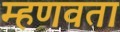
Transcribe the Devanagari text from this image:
म्हणवता